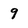
Character: 9